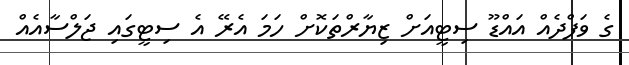
ގެ ވަފްދެއް އައްޑޫ ސިޓީއަށް ޒިޔާރްތަކޮށް ހަމަ އެރޭ އެ ސިޓީގައި ޖަލްސާއެއް